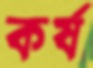
কর্ষ